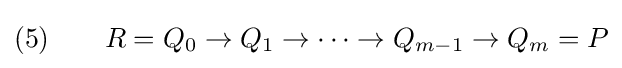
(5)\qquad R=Q_{0}\to Q_{1}\to \cdots \to Q_{m-1}\to Q_{m}=P